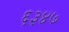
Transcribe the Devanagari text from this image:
६३४७